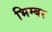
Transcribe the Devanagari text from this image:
भिम्बर